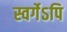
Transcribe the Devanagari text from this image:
स्वर्गेऽपि